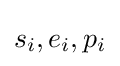
s_{i},e_{i},p_{i}